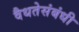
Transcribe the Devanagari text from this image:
वैधतेसंबंधी